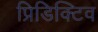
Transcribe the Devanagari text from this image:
प्रिडिक्टिव